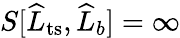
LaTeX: S[\widehat{L}_{\mathrm{ts}},\widehat{L}_{b}]=\infty